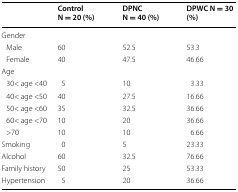
<table><thead><tr><td>[EMPTY_CELL]</td><td><b>Control N = 20 (%)</b></td><td><b>DPNC N = 40 (%)</b></td><td><b>DPWC N = 30 (%)</b></td></tr></thead><tbody><tr><td colspan="4">Gender</td></tr><tr><td> Male</td><td>60</td><td>52.5</td><td>53.3</td></tr><tr><td> Female</td><td>40</td><td>47.5</td><td>46.66</td></tr><tr><td colspan="4">Age</td></tr><tr><td> 30&lt; age &lt;40</td><td>5</td><td>10</td><td>3.33</td></tr><tr><td> 40&lt; age &lt;50</td><td>40</td><td>27.5</td><td>16.66</td></tr><tr><td> 50&lt; age &lt;60</td><td>35</td><td>32.5</td><td>36.66</td></tr><tr><td> 60&lt; age &lt;70</td><td>10</td><td>20</td><td>36.66</td></tr><tr><td> &gt;70</td><td>10</td><td>10</td><td>6.66</td></tr><tr><td>Smoking</td><td>0</td><td>5</td><td>23.33</td></tr><tr><td>Alcohol</td><td>60</td><td>32.5</td><td>76.66</td></tr><tr><td>Family history</td><td>50</td><td>25</td><td>53.33</td></tr><tr><td>Hypertension</td><td>5</td><td>20</td><td>36.66</td></tr></tbody></table>